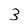
Character: 3